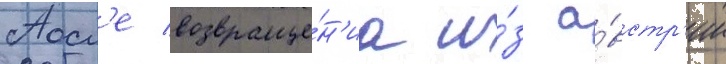
Посл'е возвраще́н'иа и́з а́встр'ии